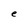
Character: e